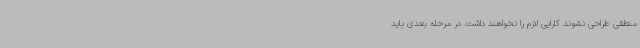
منطقی طراحی نشوند کارایی لازم را نخواهند داشت. در مرحله بعدی باید